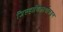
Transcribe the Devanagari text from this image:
जिल्हाधिकार्याकडून